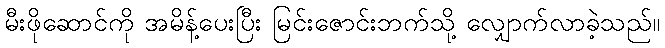
မီးဖိုဆောင်ကို အမိန့်ပေးပြီး မြင်းဇောင်းဘက်သို့ လျှောက်လာခဲ့သည်။